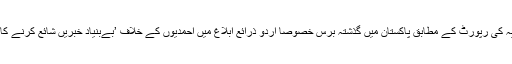
تاہم جماعتِ احمدیہ کی رپورٹ کے مطابق پاکستان میں گذشتہ برس خصوصاٌ اردو ذرائع ابلاغ میں احمدیوں کے خلاف ’بےبنیاد خبریں شائع کرنے کا سلسلہ جاری رہا۔